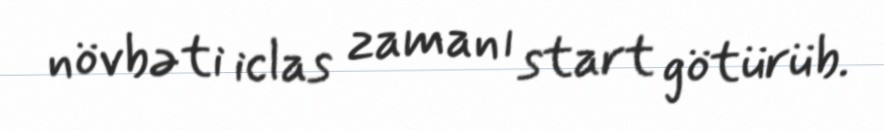
növbəti iclas zamanı start götürüb.